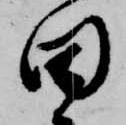
田